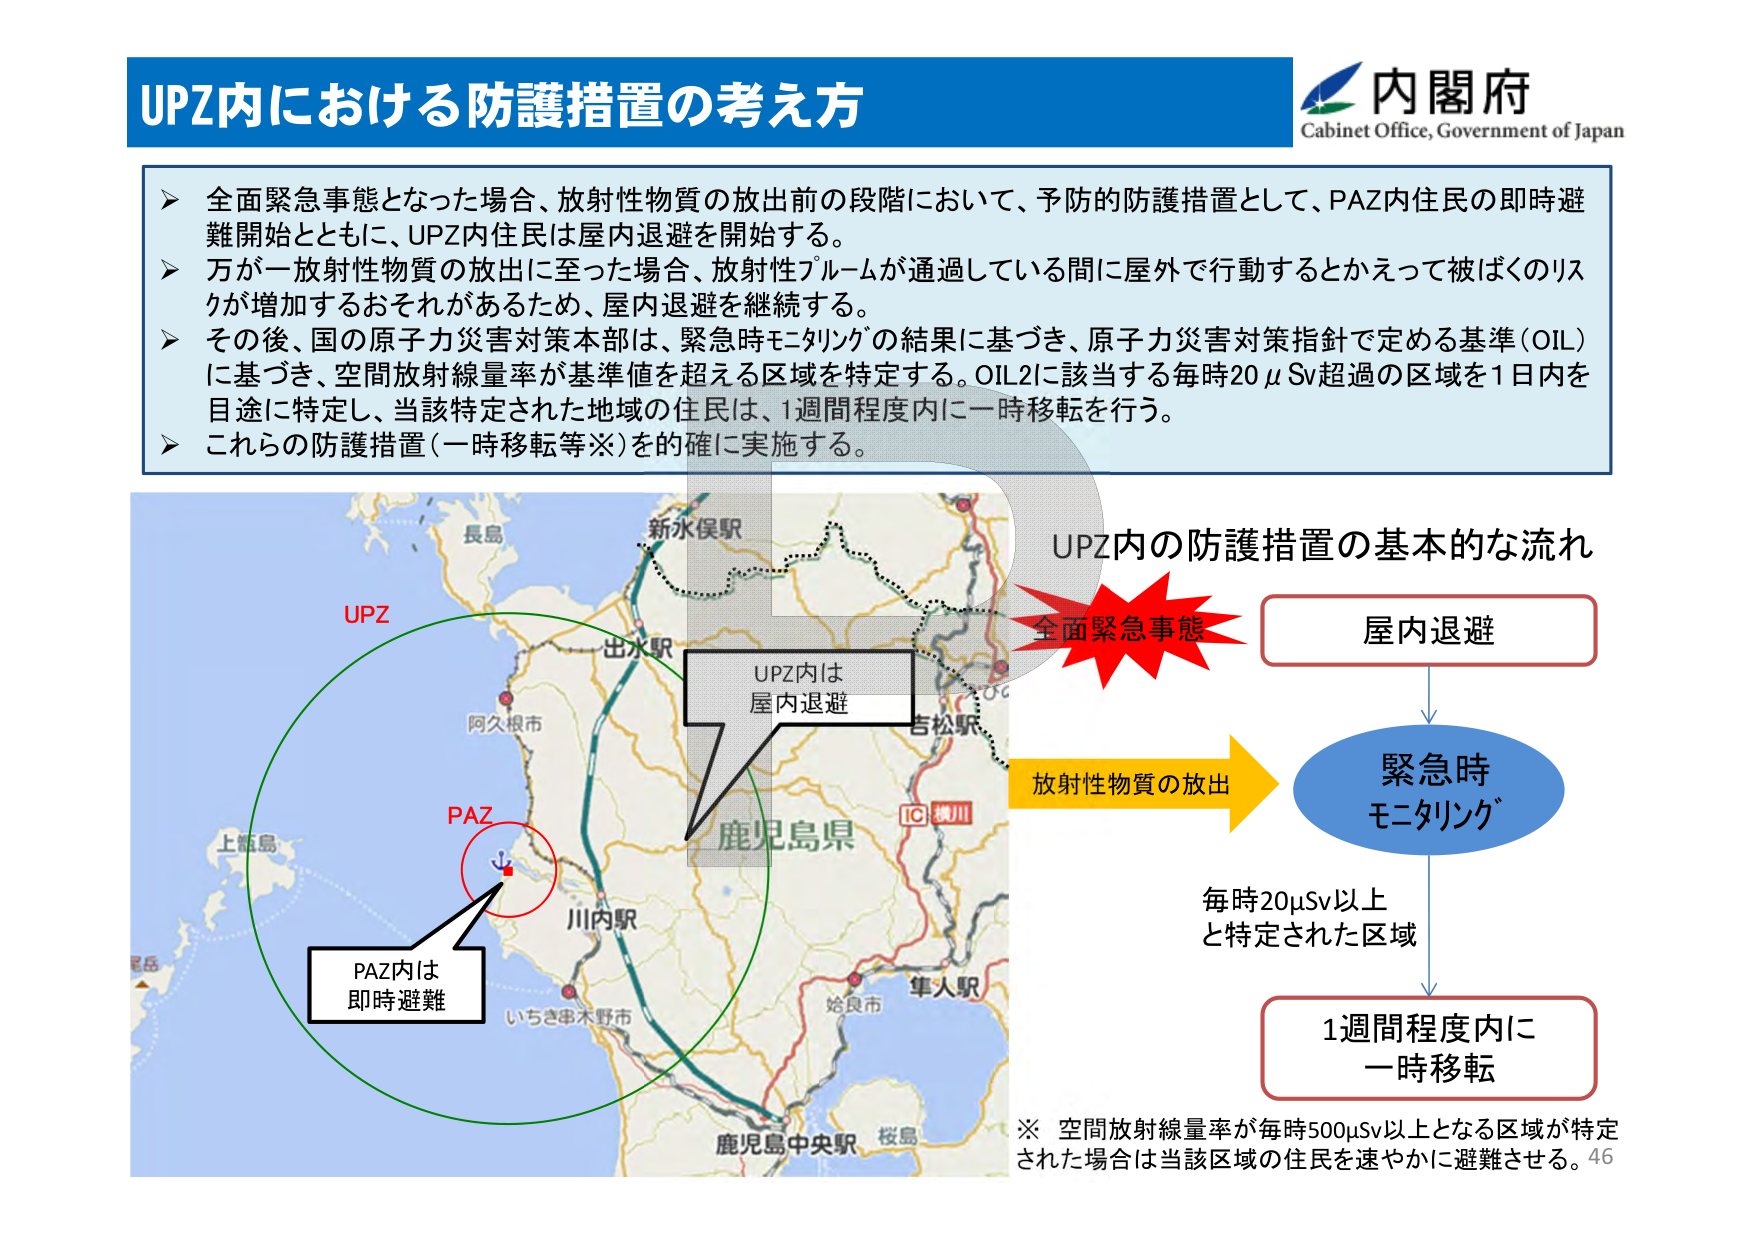
UPZ内における防護措置の考え方

内閣府
Cabinet Office, Government of Japan

▶ 全面緊急事態となった場合、放射性物質の放出前の段階において、予防的防護措置として、PAZ内住民の即時避難開始とともに、UPZ内住民は屋内退避を開始する。
▶ 万が一放射性物質の放出に至った場合、放射性プルームが通過している間に屋外で行動するとかえって被ばくのリスクが増加するおそれがあるため、屋内退避を継続する。
▶ その後、国の原子力災害対策本部は、緊急時モニタリングの結果に基づき、原子力災害対策指針で定める基準（OIL）に基づき、空間放射線量率が基準値を超える区域を特定する。OIL2に該当する毎時20μSv超過の区域を1日内を目途に特定し、当該特定された地域の住民は、1週間程度内に一時移転を行う。
▶ これらの防護措置（一時移転等※）を確に実施する。

UPZ内の防護措置の基本的な流れ

全面緊急事態 → 屋内退避
↓
放射性物質の放出 → 緊急時モニタリング
↓
毎時20μSv以上と特定された区域 → 1週間程度内に一時移転

※ 空間放射線量率が毎時500μSv以上となる区域が特定された場合は当該区域の住民を速やかに避難させる。

UPZ
PAZ
PAZ内は即時避難
UPZ内は屋内退避

長島
新水俣駅
出水駅
阿久根市
鹿児島県
IC 鋼川
古松駅
川内駅
いちは串木野市
始良市
隼人駅
鹿児島中央駅
桜島
上甑島
46